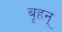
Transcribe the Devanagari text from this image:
बृहन्